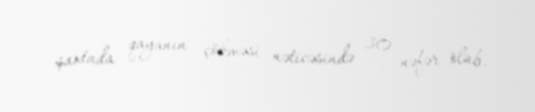
şaxtada qayanın çökməsi nəticəsində 30 nəfər ölüb.